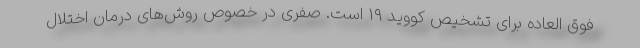
فوق العاده برای تشخیص کووید ۱۹ است. صفری در خصوص روش‌های درمان اختلال